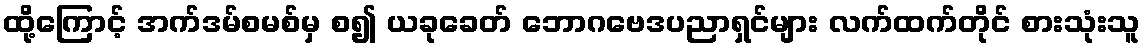
ထို့ကြောင့် အက်ဒမ်စမစ်မှ စ၍ ယခုခေတ် ဘောဂဗေဒပညာရှင်များ လက်ထက်တိုင် စားသုံးသူ